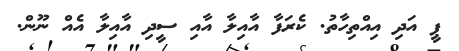
ޕީ އަދި އިއްތިހާތު. ކެރަފާ އާއިލާ އާއި ސީދި އާއިލާ އެއް ނޫން.